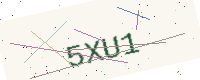
Text: 5XU1